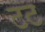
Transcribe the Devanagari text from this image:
टट